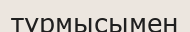
тұрмысымен